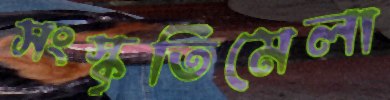
সংস্কৃতিমেলা